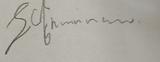
Signature authenticity: forged